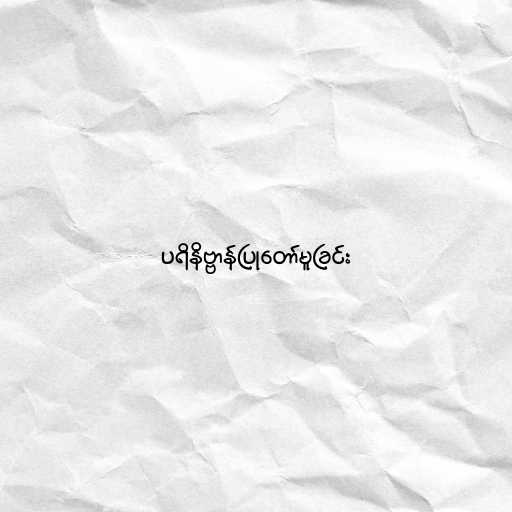
ပရိနိဗ္ဗာန်ပြုတော်မူခြင်း